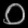
Digit: ၀